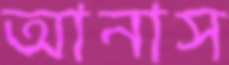
আনাস